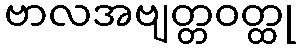
ဗာလအဗျတ္တဝတ္ထု